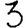
Digit: 3